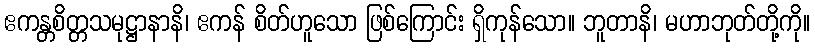
ဧကန္တစိတ္တသမုဋ္ဌာနာနိ၊ ဧကန် စိတ်ဟူသော ဖြစ်ကြောင်း ရှိကုန်သော။ ဘူတာနိ၊ မဟာဘုတ်တို့ကို။